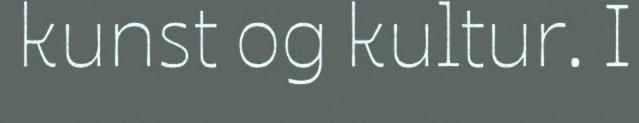
kunst og kultur. I